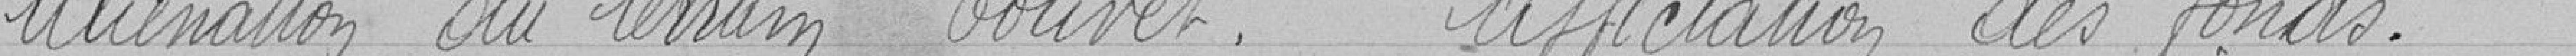
Alimentation du terrain COUVET.    Affichage des fonds